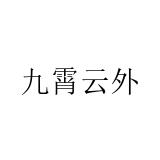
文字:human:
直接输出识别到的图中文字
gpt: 九霄云外